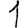
Digit: 1